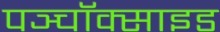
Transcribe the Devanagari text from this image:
पञ्चॉक्साइड